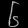
Digit: ၆